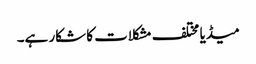
میڈیا مختلف مشکلات کا شکار ہے۔